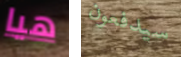
هيا سيدفعون